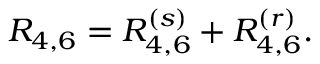
R _ { 4 , 6 } = R _ { 4 , 6 } ^ { ( s ) } + R _ { 4 , 6 } ^ { ( r ) } .